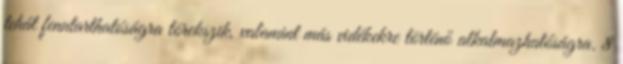
tehát fenntarthatóságra törekszik, valamint más vidékekre történő alkalmazhatóságra. 8